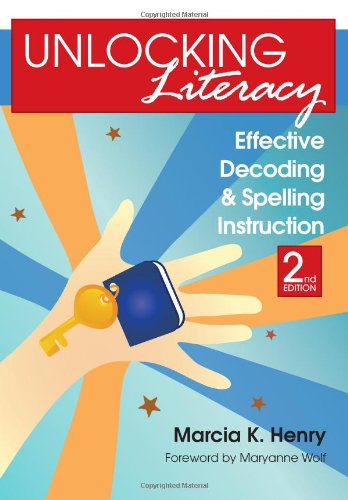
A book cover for Unlocking Literacy: Effective Decoding and Spelling Instruction, Second Edition; Marcia Henry Ph.D.; Reference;